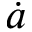
\dot { a }